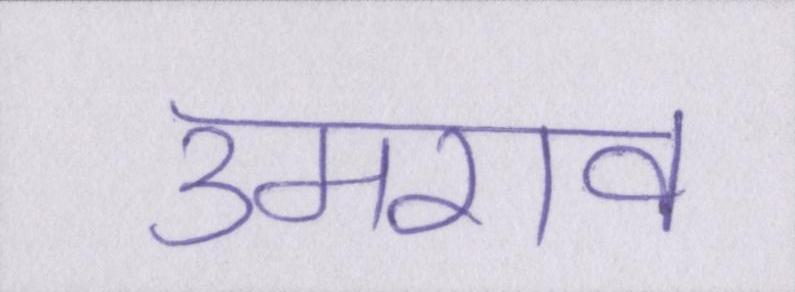
उमराव